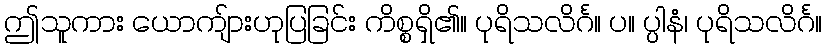
ဤသူကား ယောကျ်ားဟုပြခြင်း ကိစ္စရှိ၏။ ပုရိသလိင်္ဂ။ ပ။ ပ္ပါနံ၊ ပုရိသလိင်္ဂ။